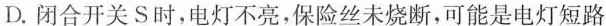
D.闭合开关S时，电灯不亮，保险丝未烧断，可能是电灯短路